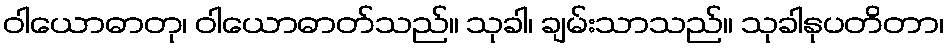
ဝါယောဓာတု၊ ဝါယောဓာတ်သည်။ သုခါ၊ ချမ်းသာသည်။ သုခါနုပတိတာ၊